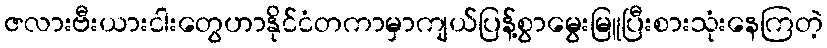
ဇလားဗီးယားငါးတွေဟာနိုင်ငံတကာမှာကျယ်ပြန့်စွာမွေးမြူပြီးစားသုံးနေကြတဲ့